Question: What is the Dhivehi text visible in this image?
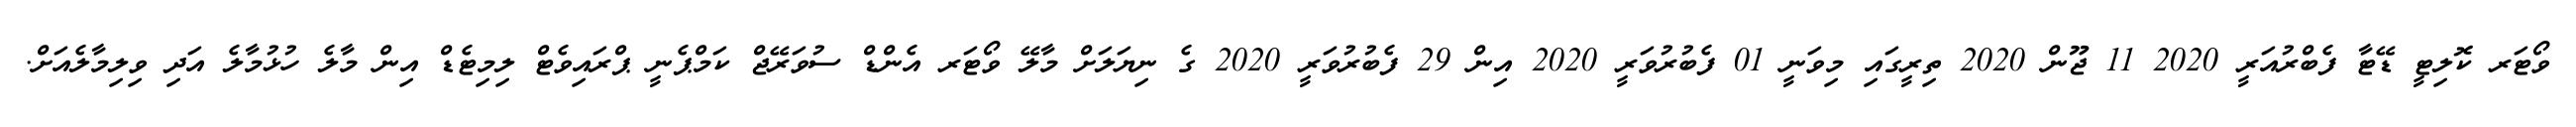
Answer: ވޯޓަރ ކޮލިޓީ ޑޭޓާ ފެބްރުއަރީ 2020 11 ޖޫން 2020 ތިރީގައި މިވަނީ 01 ފެބުރުވަރީ 2020 އިން 29 ފެބުރުވަރީ 2020 ގެ ނިޔަލަށް މާލޭ ވޯޓަރ އެންޑް ސުވަރޭޖް ކަމްޕެނީ ޕްރައިވެޓް ލިމިޓެޑް އިން މާލެ ހުޅުމާލެ އަދި ވިލިމާލެއަށް.